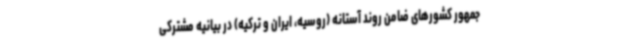
جمهور کشورهای ضامن روند آستانه (روسیه، ایران و ترکیه) در بیانیه مشترکی